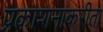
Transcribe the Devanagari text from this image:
प्रकाशनाकरीता